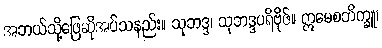
အဘယ်သို့ဖြေဆိုအပ်သနည်း။ သုဘဒ္ဒ၊ သုဘဒ္ဒပရိဗိုဇ်။ ဣမေစဘိက္ခူ၊